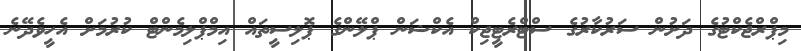
މިޕްރްޖެކްޓުގެ ދަށުން ސަރުކާރުގެ ސްޓްރެޓީޖިކް އެކްޝަން ޕްލޭންގެ ޕޮލިސީތައް އިމްޕްލިމެންޓް ކުރުމަށް އެހީވެދޭނެ